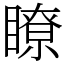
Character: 瞭